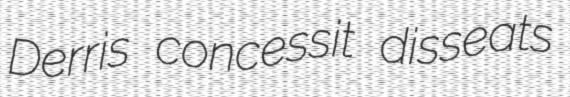
Derris concessit disseats